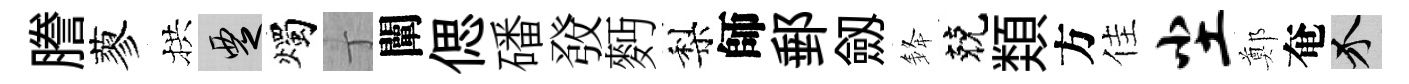
謄蓼拱覂燭丁闡偲磻𤼲麪梨師郵劔𨦟兢𩔖方佳尘鄭奄介